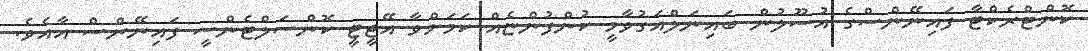
ކޮންޓްރެކްޓާ ފައިނޭންސްގެ އުސޫލުން ބައިނަލްއަގުވާމީ ކުންފުންޏެއް ކަމަށްވާ އޭޖީޓީ ކޮންސަލްޓެންސީ ފައިނޭންސް އާއެވެ.